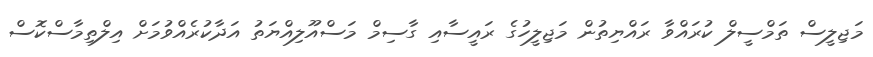
މަޖިލީސް ތަމްސީލް ކުރައްވާ ރައްޔިތުން މަޖިލީހުގެ ރައީސާއި ގާސިމް މަސްއޫލިއްޔަތު އަދާކުރެއްވުމަށް އިލްތިމާސްކޮސް